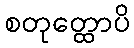
စတုတ္ထောပိ